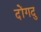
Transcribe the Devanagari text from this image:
दोंगदु